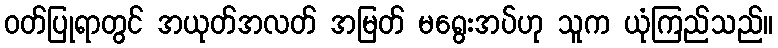
ဝတ်ပြုရာတွင် အယုတ်အလတ် အမြတ် မရွေးအပ်ဟု သူက ယုံကြည်သည်။